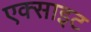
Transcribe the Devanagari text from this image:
एक्साइट